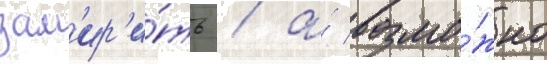
зам'ир'и́ть / а́ возмо́жно